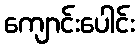
ကျောင်းပေါင်း